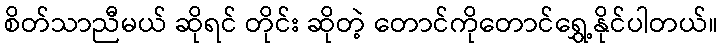
စိတ်သာညီမယ် ဆိုရင် တိုင်း ဆိုတဲ့ တောင်ကိုတောင်ရွှေ့နိုင်ပါတယ်။